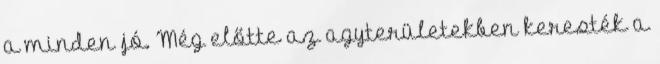
a minden jó. Még előtte az agyterületekben keresték a